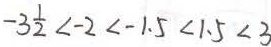
- 3 \frac { 1 } { 2 } < - 2 < - 1 . 5 < 1 . 5 < 3